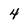
Character: 4